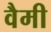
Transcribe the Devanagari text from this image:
वैमी